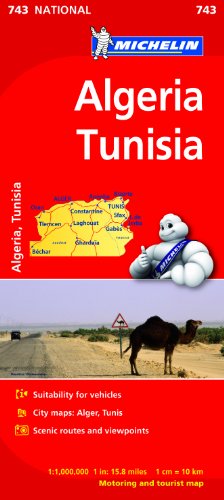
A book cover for Algeria, Tunisia (Michelin National Maps); Travel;